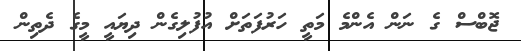
ޖޮބްސް ގެ ނަން އެންމެ މަތީ ހަރުފަތަށް އުފުލިގެން ދިޔައީ މީގެ ދެތިން